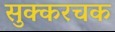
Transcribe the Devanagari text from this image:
सुक्करचक